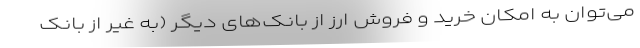
می‌توان به امکان خرید و فروش ارز از بانک‌های دیگر (به غیر از بانک